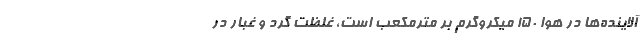
آلاینده‌ها در هوا ۱۵۰ میکروگرم بر مترمکعب است، غلظت گرد و غبار در